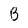
Character: B